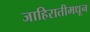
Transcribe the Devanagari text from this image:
जाहिरातीमधून